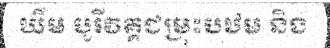
ឃឹម បូរីវគ្គជម្រុះបឋម និង